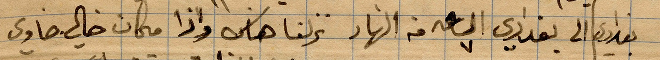
بغداد الى بغدادي الساعة ٧ من النهار نزلنا هاس واذا مكان خالي خاوي